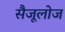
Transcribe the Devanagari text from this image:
सैजूलोज